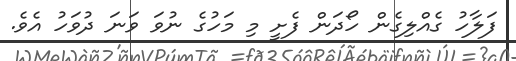
ފަލާހު ގެއްލިގެން ހޯދަން ފެށީ މި މަހުގެ ނުވަ ވަނަ ދުވަހު އެވެ.